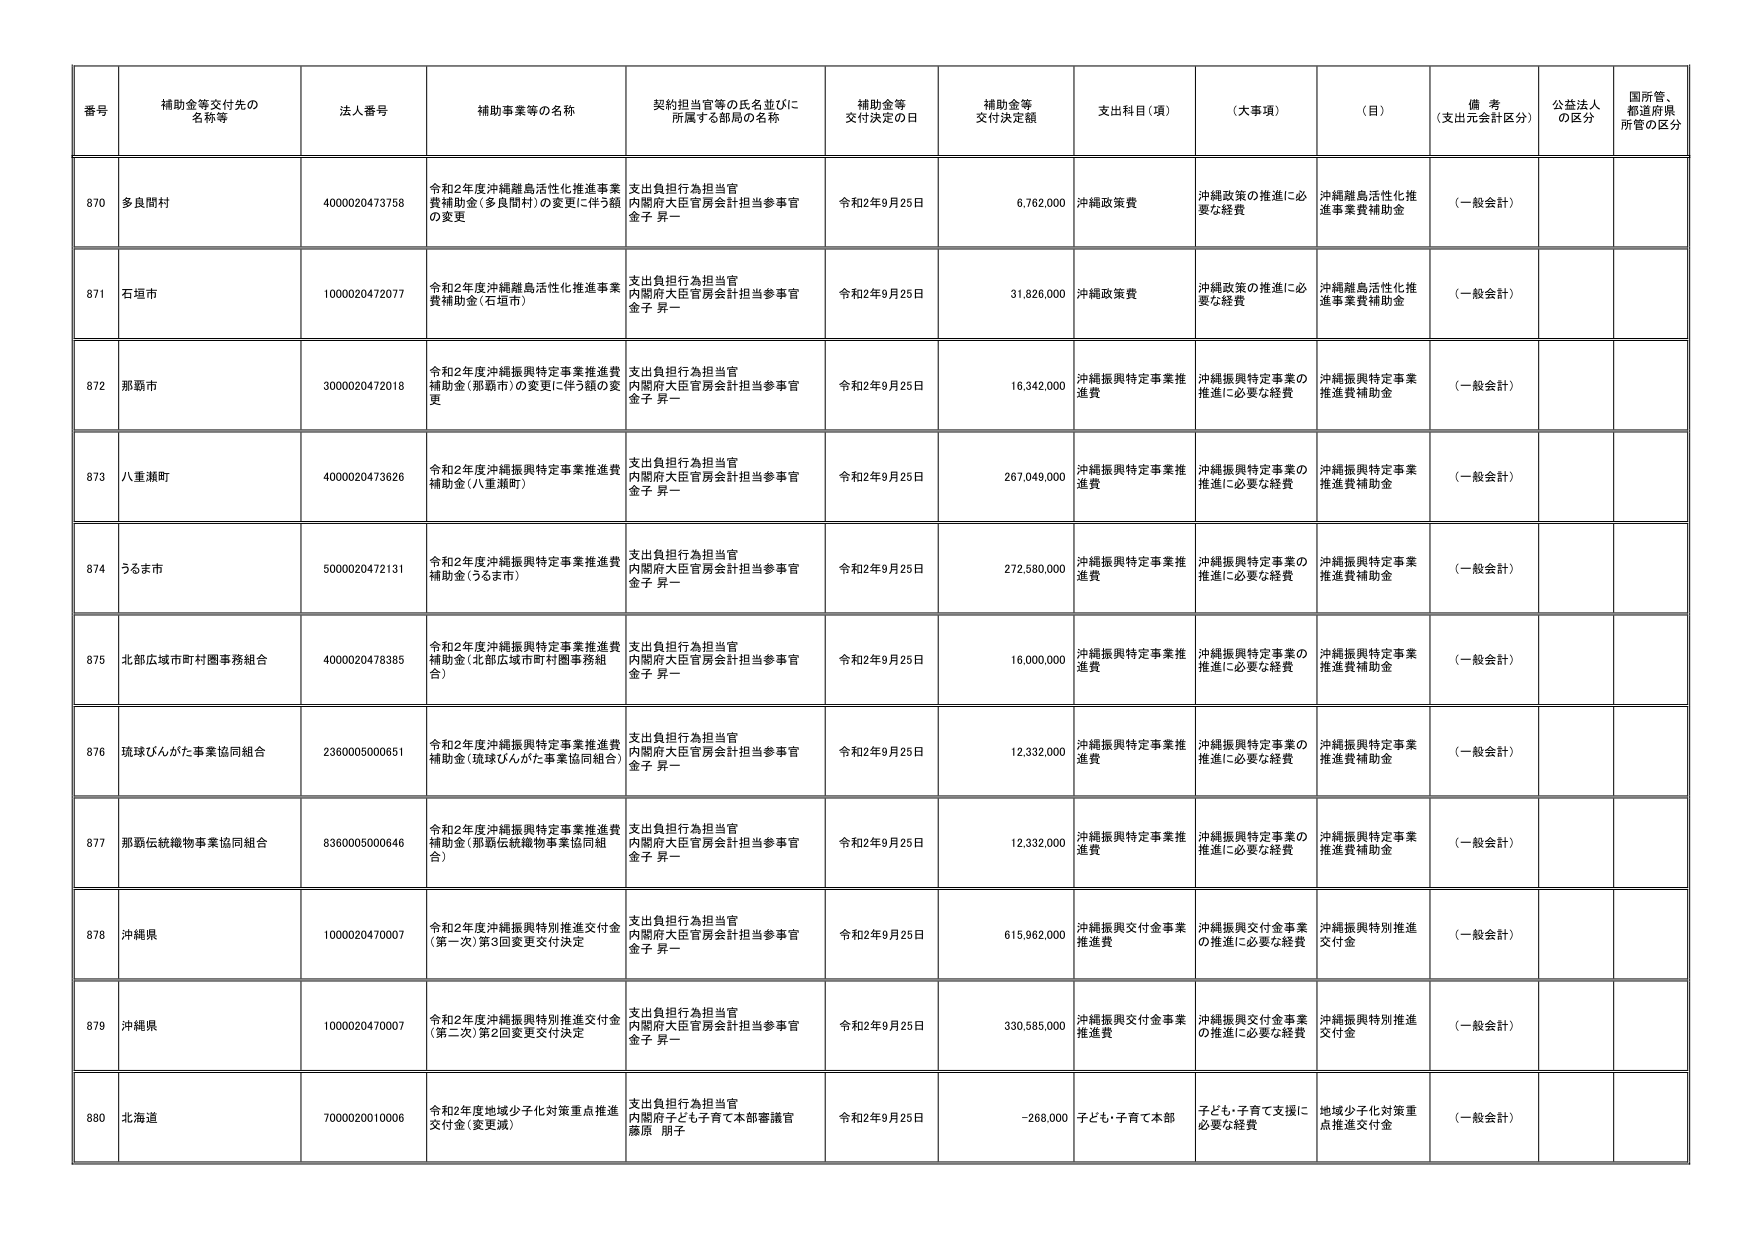
番号 補助金等交付先の名称等 法人番号 補助事業等の名称 契約担当官等の氏名並びに所属する部局の名称 補助金等交付決定の日 補助金等交付決定額 支出科目（項） （大事項） （目） 備考（支出元会計区分） 公益法人の区分 国所管、都道府県所管の区分
870 多良間村 4000020473758 令和2年度沖縄離島活性化推進事業費補助金（多良間村）の変更に伴う額の変更 支出負担行為担当官 内閣府大臣官房会計担当参事官 金子 昇一 令和2年9月25日 6,762,000 沖縄政策費 沖縄政策の推進に必要な経費 沖縄離島活性化推進事業費補助金 （一般会計）
871 石垣市 1000020472077 令和2年度沖縄離島活性化推進事業費補助金（石垣市） 支出負担行為担当官 内閣府大臣官房会計担当参事官 金子 昇一 令和2年9月25日 31,826,000 沖縄政策費 沖縄政策の推進に必要な経費 沖縄離島活性化推進事業費補助金 （一般会計）
872 那覇市 3000020472018 令和2年度沖縄振興特定事業推進費補助金（那覇市）の変更に伴う額の変更 支出負担行為担当官 内閣府大臣官房会計担当参事官 金子 昇一 令和2年9月25日 16,342,000 沖縄振興特定事業推進費 沖縄振興特定事業の推進に必要な経費 沖縄振興特定事業推進費補助金 （一般会計）
873 八重瀬町 4000020473626 令和2年度沖縄振興特定事業推進費補助金（八重瀬町） 支出負担行為担当官 内閣府大臣官房会計担当参事官 金子 昇一 令和2年9月25日 267,049,000 沖縄振興特定事業推進費 沖縄振興特定事業の推進に必要な経費 沖縄振興特定事業推進費補助金 （一般会計）
874 うるま市 5000020472131 令和2年度沖縄振興特定事業推進費補助金（うるま市） 支出負担行為担当官 内閣府大臣官房会計担当参事官 金子 昇一 令和2年9月25日 272,580,000 沖縄振興特定事業推進費 沖縄振興特定事業の推進に必要な経費 沖縄振興特定事業推進費補助金 （一般会計）
875 北部広域市町村圏事務組合 4000020476385 令和2年度沖縄振興特定事業推進費補助金（北部広域市町村圏事務組合） 支出負担行為担当官 内閣府大臣官房会計担当参事官 金子 昇一 令和2年9月25日 16,000,000 沖縄振興特定事業推進費 沖縄振興特定事業の推進に必要な経費 沖縄振興特定事業推進費補助金 （一般会計）
876 琉球ひんがた事業協同組合 2360005000651 令和2年度沖縄振興特定事業推進費補助金（琉球ひんがた事業協同組合） 支出負担行為担当官 内閣府大臣官房会計担当参事官 金子 昇一 令和2年9月25日 12,332,000 沖縄振興特定事業推進費 沖縄振興特定事業の推進に必要な経費 沖縄振興特定事業推進費補助金 （一般会計）
877 那覇伝統織物事業協同組合 8360005000646 令和2年度沖縄振興特定事業推進費補助金（那覇伝統織物事業協同組合） 支出負担行為担当官 内閣府大臣官房会計担当参事官 金子 昇一 令和2年9月25日 12,332,000 沖縄振興特定事業推進費 沖縄振興特定事業の推進に必要な経費 沖縄振興特定事業推進費補助金 （一般会計）
878 沖縄県 1000020470007 令和2年度沖縄振興特別推進交付金（第一次）第3回変更交付決定 支出負担行為担当官 内閣府大臣官房会計担当参事官 金子 昇一 令和2年9月25日 615,962,000 沖縄振興交付金事業推進費 沖縄振興交付金事業の推進に必要な経費 沖縄振興特別推進交付金 （一般会計）
879 沖縄県 1000020470007 令和2年度沖縄振興特別推進交付金（第二次）第2回変更交付決定 支出負担行為担当官 内閣府大臣官房会計担当参事官 金子 昇一 令和2年9月25日 330,585,000 沖縄振興交付金事業推進費 沖縄振興交付金事業の推進に必要な経費 沖縄振興特別推進交付金 （一般会計）
880 北海道 7000020010006 令和2年度地域少子化対策重点推進交付金（変更減） 支出負担行為担当官 内閣府子ども子育て本部審議官 藤原 朋子 令和2年9月25日 -268,000 子ども・子育て本部 子ども・子育て支援に必要な経費 地域少子化対策重点推進交付金 （一般会計）